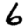
Digit: 6